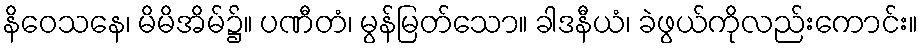
နိဝေသနေ၊ မိမိအိမ်၌။ ပဏီတံ၊ မွန်မြတ်သော။ ခါဒနီယံ၊ ခဲဖွယ်ကိုလည်းကောင်း။